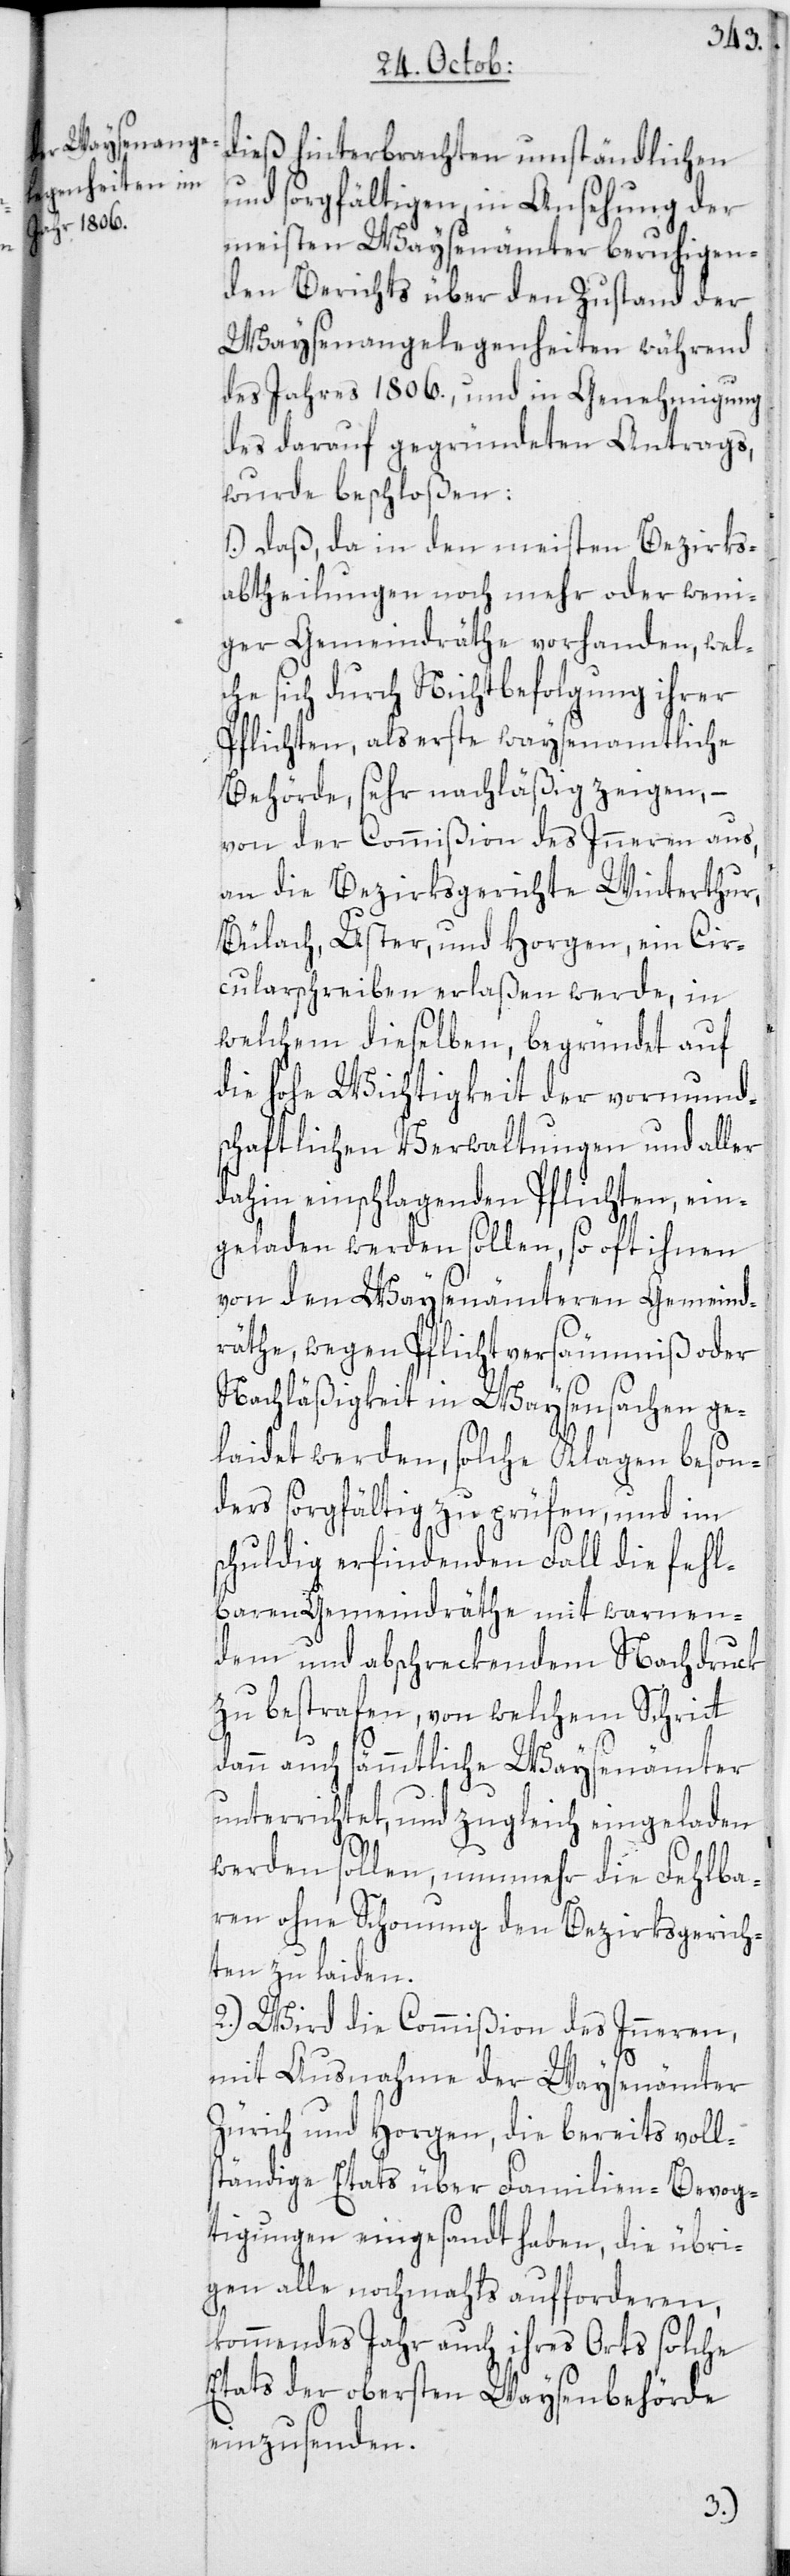
dieß hinterbrachten umständlichen
und sorgfältigen, in Ansehung der
meisten Waysenämter beruhigen¬
den Berichts über den Zustand der
Waysenangelegenheiten während
des Jahres 1806., und in Genehmigung
des darauf gegründeten Antrags,
wurde beschloßen:
1.) Daß, da in den meisten Bezirks¬
abtheilungen noch mehr oder weni¬
ger Gemeindräthe vorhanden, wel¬
che sich durch Nichtbefolgung ihrer
Pflichten, als erste waysenamtliche
Behörde, sehr nachläßig zeigen, –
von der Commißion des Inneren aus,
an die Bezirksgerichte Winterthur,
Bülach, Uster, und Horgen, ein Cir¬
cularschreiben erlaßen werde, in
welchem dieselben, begründet auf
die hohe Wichtigkeit der vormund¬
schaftlichen Verwaltungen und aller
dahin einschlagenden Pflichten, ein¬
geladen werden sollen, so oft ihnen
von den Waysenämteren Gemeind¬
räthe, wegen Pflichtversäumniß oder
Nachläßigkeit in Waysensachen ge¬
laidet werden, solche Klagen beson¬
ders sorgfältig zu prüfen, und im
schuldig erfindenden Fall die fehl¬
baren Gemeindräthe mit warnen¬
dem und abschreckendem Nachdruck
zu bestrafen, von welchem Schritt
dann auch sämmtliche Waysenämter
unterrichtet, und zugleich eingeladen
werden sollen, nunmehr die Fehlba¬
ren ohne Schonung den Bezirksgerich¬
ten zu laiden.
2.) Wird die Commißion des Inneren,
mit Ausnahme der Waysenämter
Zürich und Horgen, die bereits volls¬
tändige Etats über Familien-Bevog¬
tigungen eingesandt haben, die übri¬
gen alle nochmahls aufforderen,
kommendes Jahr auch ihres Orts solche
Etats der obersten Waysenbehörde
einzusenden.